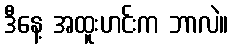
ဒီနေ့ အထူးဟင်းက ဘာလဲ။